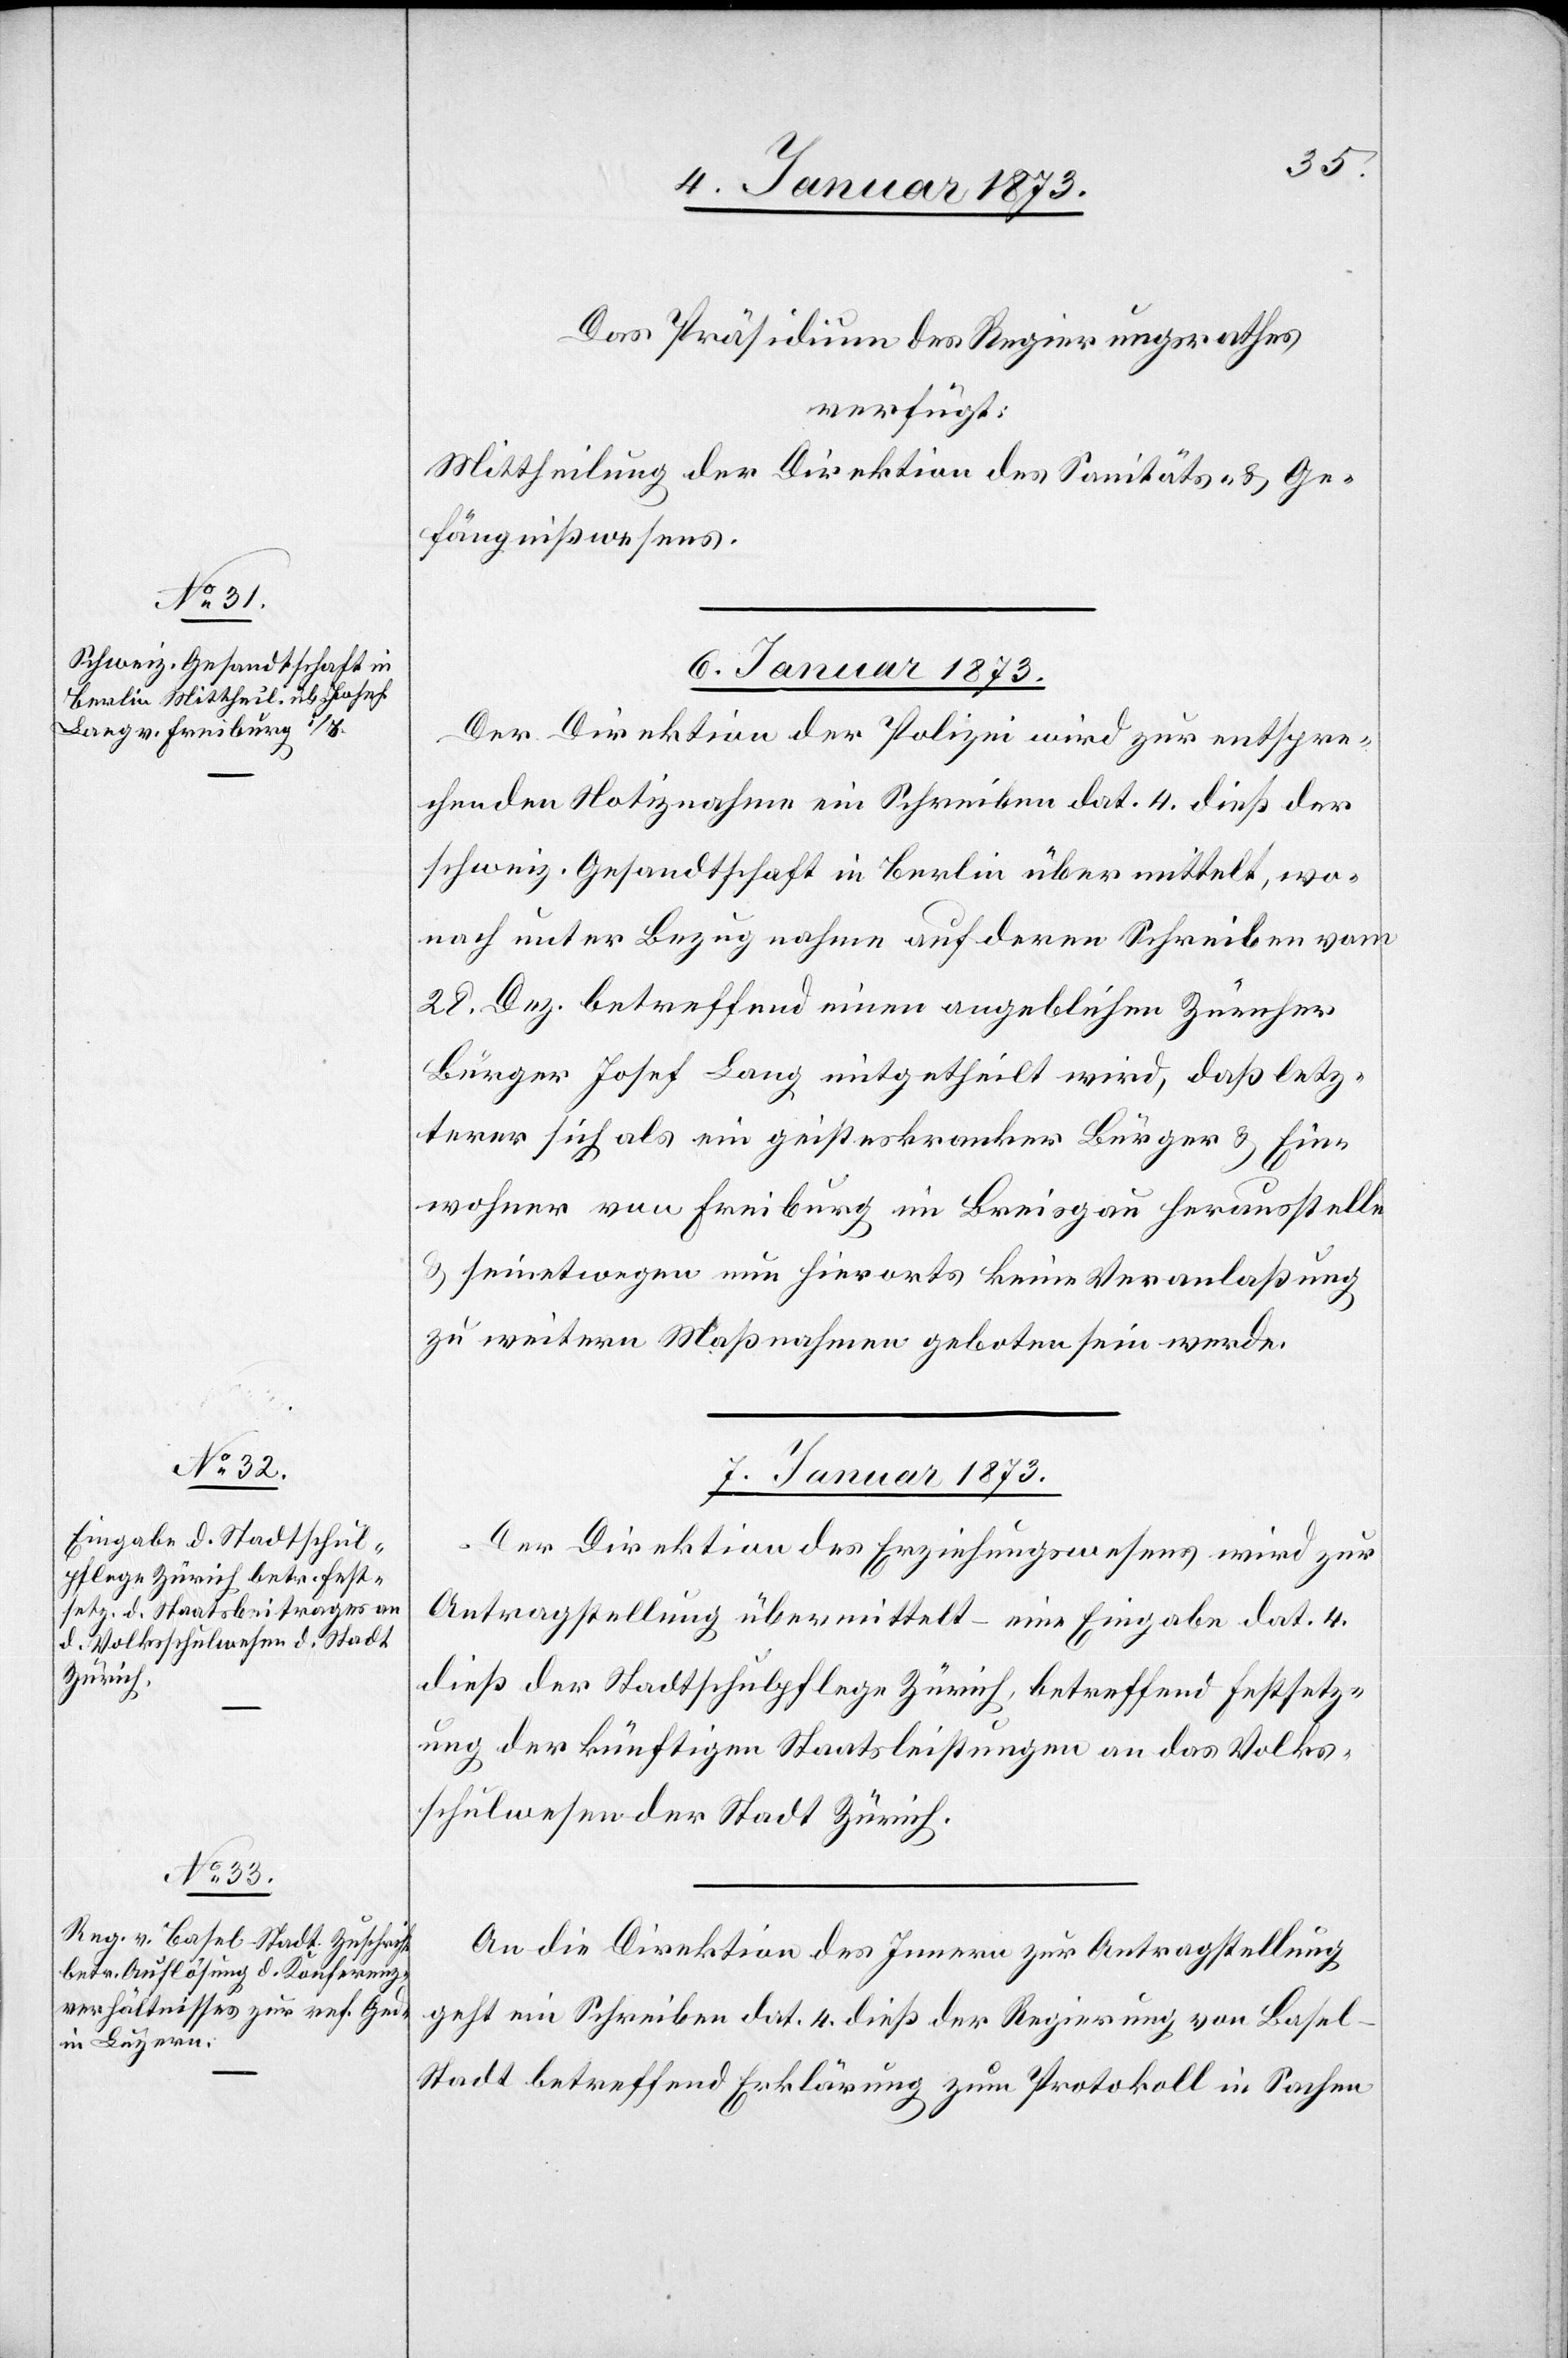
Das Präsidium des Regierungsrathes
verfügt:
Mittheilung der Direktion des Sanitäts- & Ge¬
fängnißwesens.
6. Januar 1873
Der Direktion der Polizei wird zur entspre¬
chenden Notiznahme ein Schreiben dat. 4. dieß der
schweiz. Gesandtschaft in Berlin übermittelt, wo¬
nach unter Bezugnahme auf deren Schreiben vom
22. Dez. betreffend einen angeblichen Zürcher
Bürger Josef Lang mitgetheilt wird, daß letz¬
terer sich als ein geisteskranker Bürger & Ein¬
wohner von Freiburg im Breisgau herausstelle
& seinetwegen nun hierorts keine Veranlaßung
zu weitern Maßnahmen geboten sein werde.
7. Januar 1873]
Der Direktion des Erziehungswesens wird zur
Antragstellung übermittelt – eine Eingabe dat. 4.
dieß der Stadtschulpflege Zürich, betreffend Festsetz¬
ung der künftigen Staatsleistungen an das Volks¬
schulwesen der Stadt Zürich.
An die Direktion des Innern zur Antragstellung
geht ein Schreiben dat. 4. dieß der Regierung von Basel-S¬
tadt betreffend Erklärung zum Protokoll in Sachen